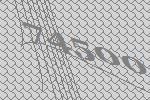
74500